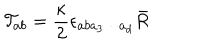
LaTeX: { \cal T } _ { a b } = \frac { \kappa } { 2 } \epsilon _ { a b a _ { 3 } \cdots a _ { d } } \bar { R }